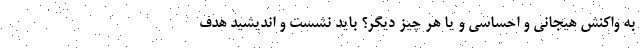
به واکنش هیجانی و احساسی و یا هر چیز دیگر؟ باید نشست و اندیشید هدف